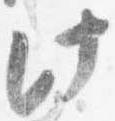
此